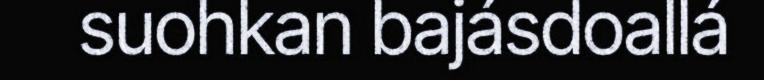
suohkan bajásdoallá